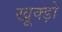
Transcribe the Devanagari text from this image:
खूक्ड़ो